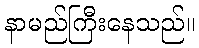
နာမည်ကြီးနေသည်။